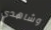
وشاهدي